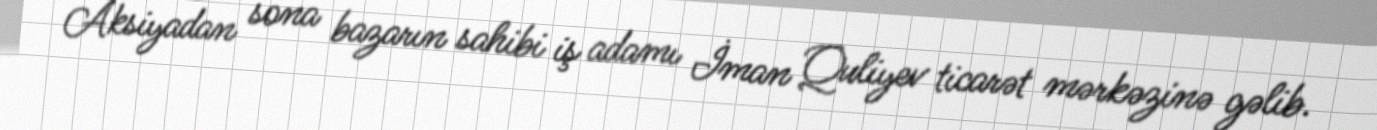
Aksiyadan sona bazarın sahibi iş adamı İman Quliyev ticarət mərkəzinə gəlib.